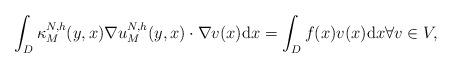
LaTeX: \begin{align*}\int_{D}\kappa_M^{N,h}(y,x)\nabla u_M^{N,h}(y,x)\cdot\nabla v(x)\mathrm{d}x=\int_{D}f(x)v(x)\mathrm{d}x\forall v\in V,\end{align*}